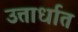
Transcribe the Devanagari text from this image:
उत्तार्धात